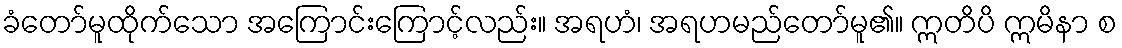
ခံတော်မူထိုက်သော အကြောင်းကြောင့်လည်း။ အရဟံ၊ အရဟမည်တော်မူ၏။ ဣတိပိ ဣမိနာ စ